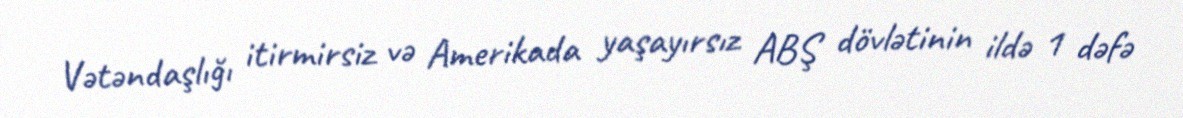
Vətəndaşlığı itirmirsiz və Amerikada yaşayırsız ABŞ dövlətinin ildə 1 dəfə